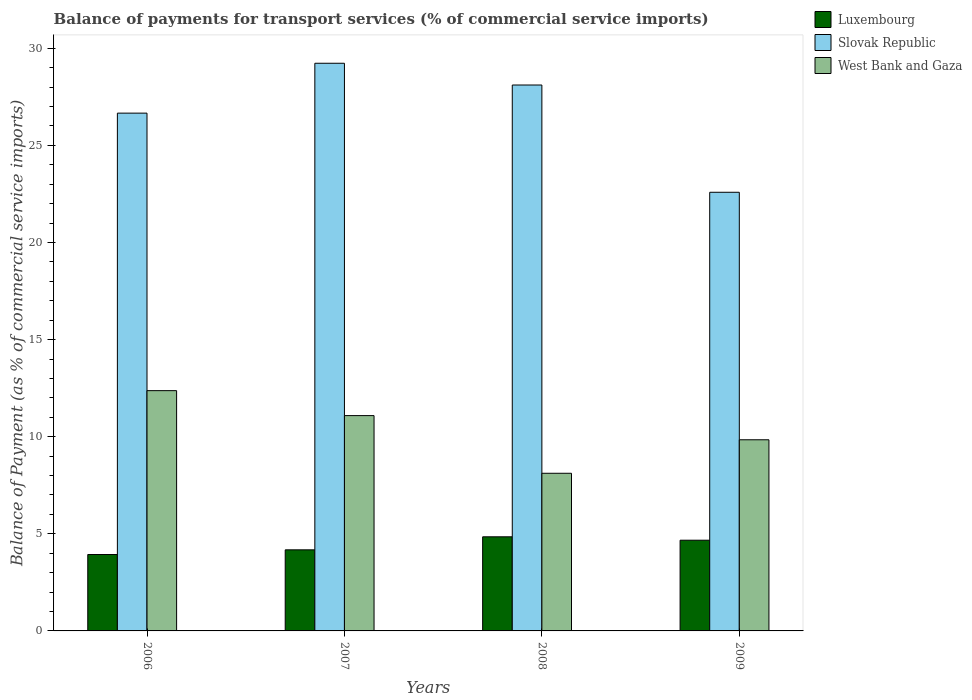
| Years | Luxembourg | Slovak Republic | West Bank and Gaza |
 | --- | --- | --- | --- |
 | 2006 | 3.93 | 26.7 | 12.4 |
 | 2007 | 4.17 | 29.2 | 11.1 |
 | 2008 | 4.85 | 28.1 | 8.12 |
 | 2009 | 4.67 | 22.6 | 9.84 |